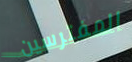
المفترسين